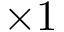
\times 1